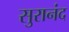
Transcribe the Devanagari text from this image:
सुरानंद